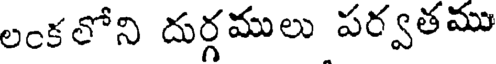
లంకలోని దుర్గములు పర్వతము